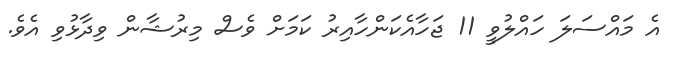
އެ މައްސަލަ ހައްލުވީ 11 ޖަހާއެކަންހާއިރު ކަމަށް ވެސް މިރުޝާން ވިދާޅުވި އެވެ.